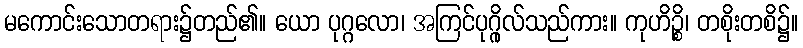
မကောင်းသောတရား၌တည်၏။ ယော ပုဂ္ဂလော၊ အကြင်ပုဂ္ဂိုလ်သည်ကား။ ကုဟိဉ္စိ၊ တစိုးတစိ၌။